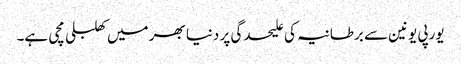
یورپی یونین سے برطانیہ کی علیحدگی پر دنیا بھر میں کھلبلی مچی ہے۔